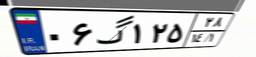
۰۶گ۱۲۵۲۸